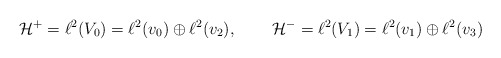
\begin{align*}\mathcal{H}^{+} &= \ell^{2}(V_{0}) = \ell^{2}(v_{0}) \oplus \ell^{2}(v_{2}) , & \mathcal{H}^{-} &= \ell^{2}(V_{1}) = \ell^{2}(v_{1}) \oplus \ell^{2}(v_{3}) \end{align*}